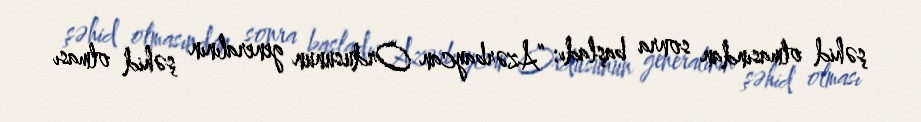
şəhid olmasından sonra başladı: “Azərbaycan Ordusunun generalının şəhid olması